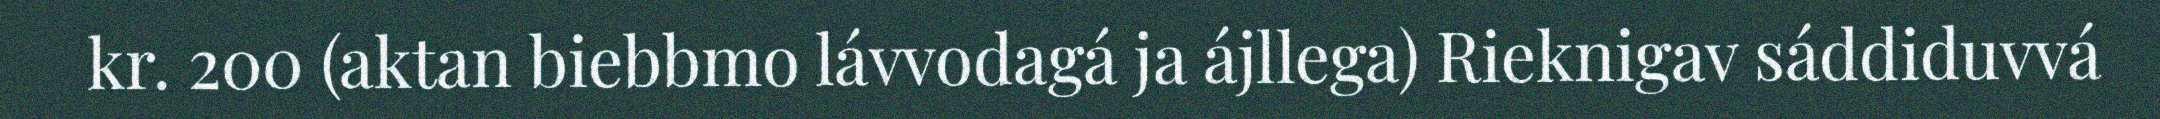
kr. 200 (aktan biebbmo lávvodagá ja ájllega) Rieknigav sáddiduvvá